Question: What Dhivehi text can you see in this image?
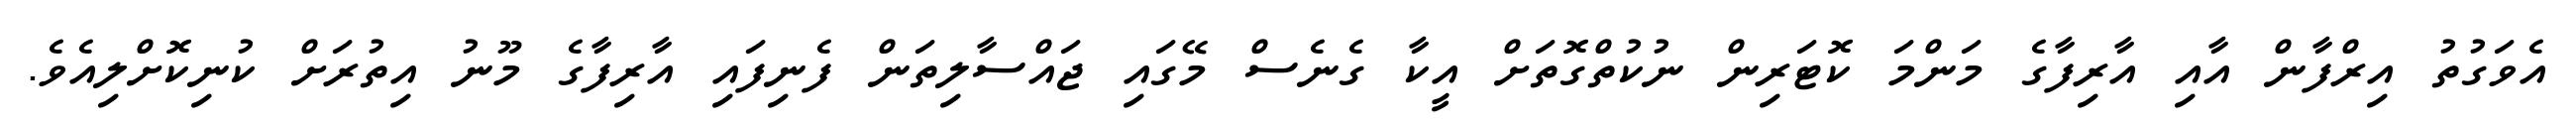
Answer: އެވަގުތު އިރްފާން އާއި އާރިފާގެ މަންމަ ކޮޓަރިން ނުކުތްގޮތަށް އީކާ ގެނެސް މޭގައި ޖައްސާލިތަން ފެނިފައި އާރިފާގެ މޫނު އިތުރަށް ކުނިކޮށްލިއެވެ.